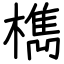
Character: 檇